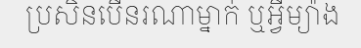
ប្រសិនបើនរណាម្នាក់ ឬអ្វីម្យ៉ាង